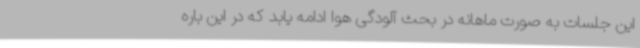
این جلسات به صورت ماهانه در بحث آلودگی هوا ادامه یابد که در این باره